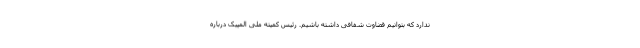
ندارد که بتوانیم قضاوت شفافی داشته باشیم. رئیس کمیته ملی المپیک درباره